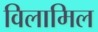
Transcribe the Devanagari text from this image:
विलामिल